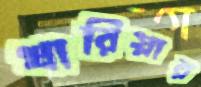
খারিয়ার